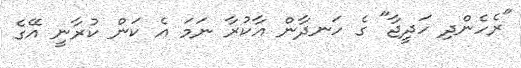
"ރެހެންދި ހަދީޖާ" ގެ ހަނދާން އާކުރާ ނަމަ އެ ކަން ކުރާނީ އޭގެ